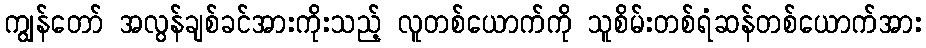
ကျွန်တော် အလွန်ချစ်ခင်အားကိုးသည့် လူတစ်ယောက်ကို သူစိမ်းတစ်ရံဆန်တစ်ယောက်အား